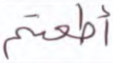
أطعتم